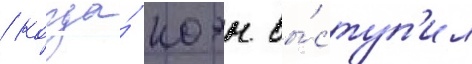
/ когда́ коэн вы́ступ'ил